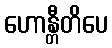
ဟောန္တီတိပေ